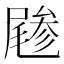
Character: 𡳔